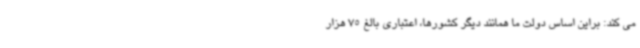
می کند: براین اساس دولت ما همانند دیگر کشورها، اعتباری بالغ 75 هزار